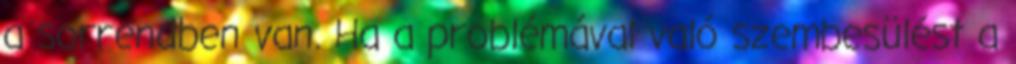
a sorrendben van. Ha a problémával való szembesülést a